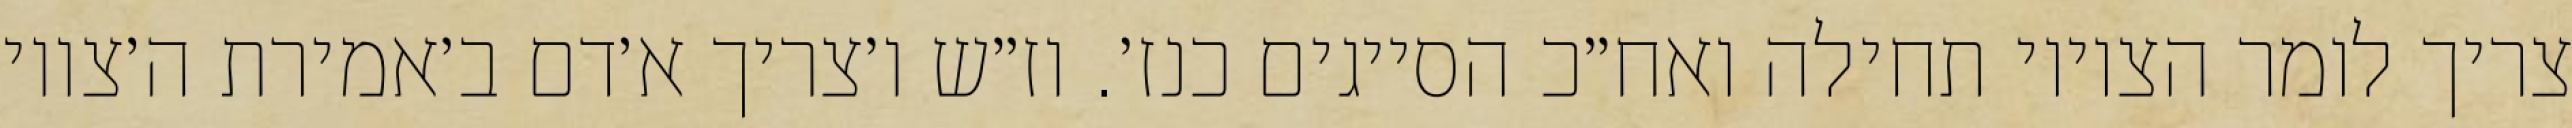
צריך לומר הציווי תחילה ואח״כ הסייגים כנז׳. וז״ש ו׳צריך א׳דם ב׳אמירת ה׳צווי